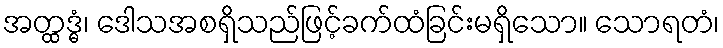
အတ္ထဒ္ဓံ၊ ဒေါသအစရှိသည်ဖြင့်ခက်ထံခြင်းမရှိသော။ သောရတံ၊